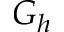
G _ { h }